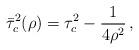
LaTeX: \begin{align*}\bar \tau^2_c(\rho)=\tau ^2_c-\frac{1}{4\rho^2}\,{,}\end{align*}